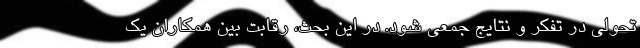
تحولی در تفکر و نتایج جمعی شود. در این بحث، رقابت بین همکاران یک